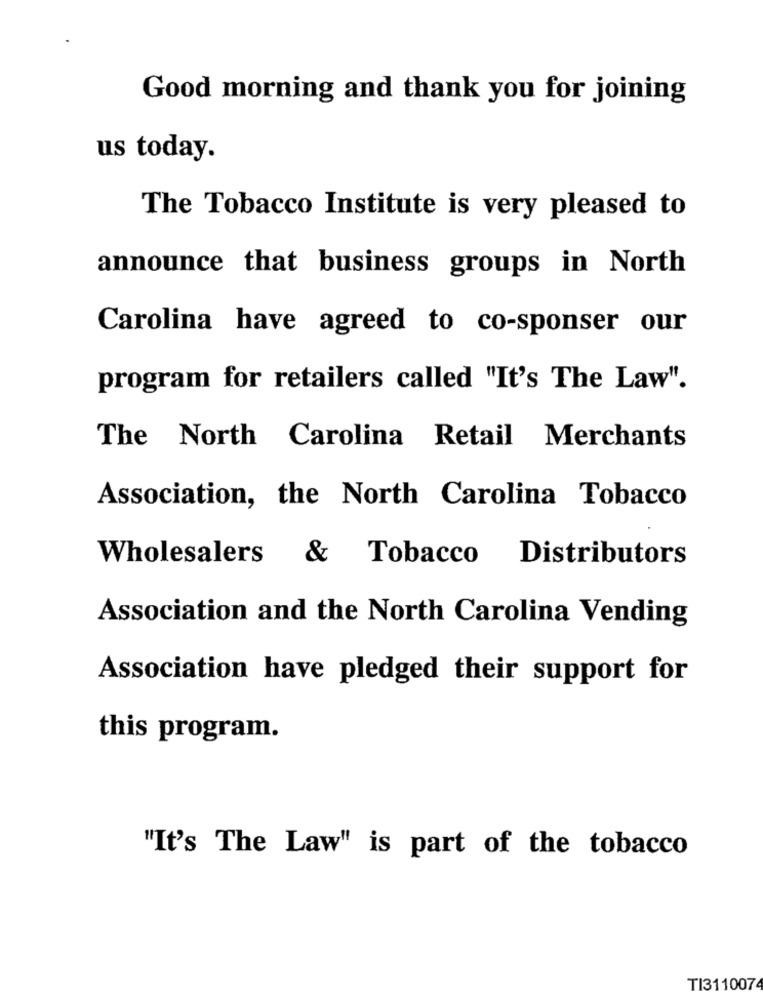
Good morning and thank you for joining
us today.
The Tobacco Institute is very pleased to
announce that business groups in North
Carolina have agreed to co-sponser our
program for retailers called "It's The Law".
The North Carolina Retail Merchants
Association, the North Carolina Tobacco
Wholesalers & Tobacco Distributors
Association and the North Carolina Vending
Association have pledged their support for
this program.
"It's The Law" is part of the tobacco
TI3110074